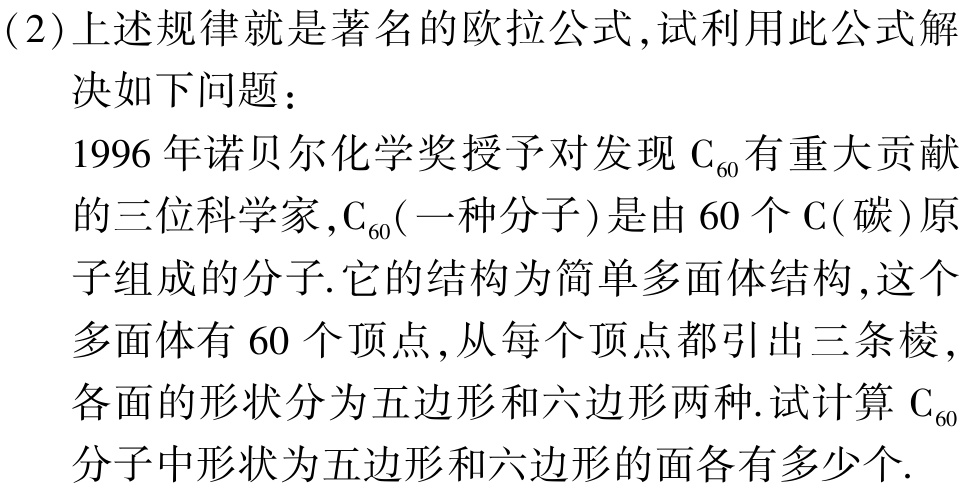
(2)上述规律就是著名的欧拉公式,试利用此公式解决如下问题：
1996年诺贝尔化学奖授予对发现\(\mathrm{C}_{60}\)有重大贡献的三位科学家,\(\mathrm{C}_{60}\)(一种分子)是由\(60\)个\(\mathrm{C}(\)碳\()\)原子组成的分子.它的结构为简单多面体结构,这个多面体有\(60\)个顶点,从每个顶点都引出三条棱,各面的形状分为五边形和六边形两种.试计算\(\mathrm{C}_{60}\)分子中形状为五边形和六边形的面各有多少个.